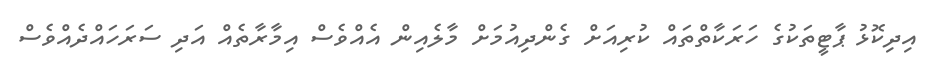
އިދިކޮޅު ޕާޓީތަކުގެ ހަރަކާތްތައް ކުރިއަށް ގެންދިއުމަށް މާލެއިން އެއްވެސް އިމާރާތެއް އަދި ސަރަހައްދެއްވެސް